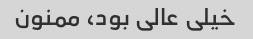
خیلی عالی بود، ممنون